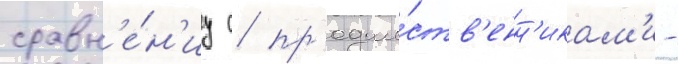
сравн'е́н'иу с пр'едше́ств'енн'икам'и -